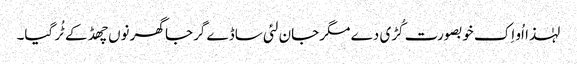
لہٰذا اُو اِک خوبصورت کُڑی دے مگر جان لئی ساڈے گرجا گھر نوں چھڈ کے ٹُر گیا۔